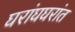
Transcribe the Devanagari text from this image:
घरांघघरांत